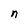
Character: n